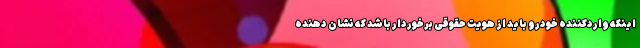
اینکه واردکننده خودرو باید از هویت حقوقی برخوردار باشد که نشان دهنده